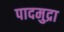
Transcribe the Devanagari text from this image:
पादमुद्रा